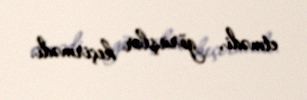
etmədi, görüşlər keçirmədi.